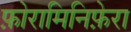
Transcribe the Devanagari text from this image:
फ़ोरामिनिफ़ेरा